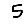
Digit: 5